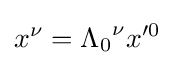
x^{\nu }={\Lambda _{0}}^{\nu }x'^{0}